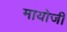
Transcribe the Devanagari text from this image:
मायोजी